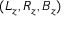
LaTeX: ( L _ { z } , R _ { z } , B _ { z } )